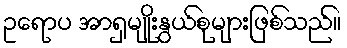
ဥရောပ အာရှမျိုးနွယ်စုများဖြစ်သည်။